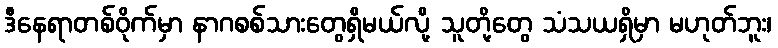
ဒီနေရာတစ်ဝိုက်မှာ နာဂစစ်သားတွေရှိမယ်လို့ သူတို့တွေ သံသယရှိမှာ မဟုတ်ဘူး၊